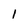
Character: 1